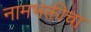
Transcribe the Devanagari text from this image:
नामभक्तीचा